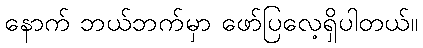
နောက် ဘယ်ဘက်မှာ ဖော်ပြလေ့ရှိပါတယ်။